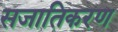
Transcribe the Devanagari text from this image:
सजातिकरण